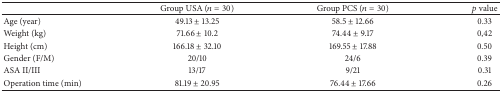
|  | Group USA (n = 30) | Group PCS (n = 30) | p value |
 | --- | --- | --- | --- |
 | Age (year) | 49.13 ± 13.25 | 58.5 ± 12.66 | 0.33 |
 | Weight (kg) | 71.66 ± 10.2 | 74.44 ± 9.17 | 0,42 |
 | Height (cm) | 166.18 ± 32.10 | 169.55 ± 17.88 | 0.50 |
 | Gender (F/M) | 20/10 | 24/6 | 0.39 |
 | ASA II/III | 13/17 | 9/21 | 0.31 |
 | Operation time (min) | 81.19 ± 20.95 | 76.44 ± 17.66 | 0.26 |